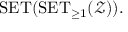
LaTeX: \operatorname { S E T } ( \operatorname { S E T } _ { \geq 1 } ( { \mathcal { Z } } ) ) .